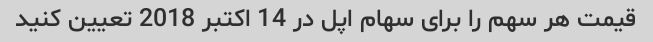
قیمت هر سهم را برای سهام اپل در 14 اکتبر 2018 تعیین کنید